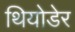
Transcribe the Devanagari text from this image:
थियोडेर